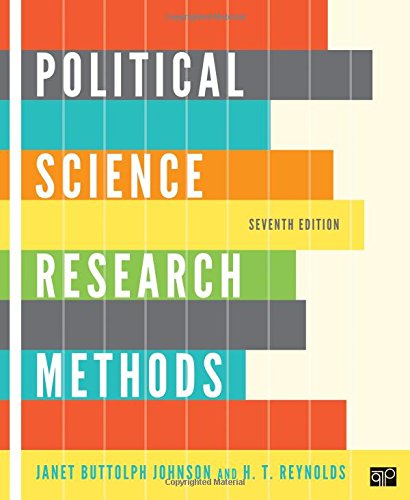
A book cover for Political Science Research Methods; Janet Buttolph Johnson; Politics & Social Sciences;